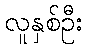
လူနှစ်ဦး